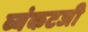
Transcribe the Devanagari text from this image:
व्यंकटजी